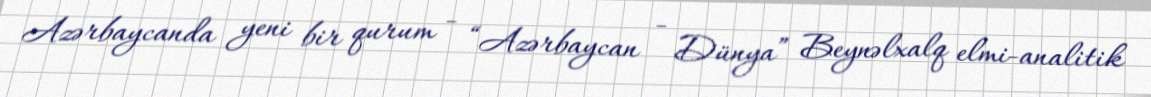
Azərbaycanda yeni bir qurum - “Azərbaycan - Dünya” Beynəlxalq elmi-analitik